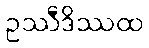
ဥဿီဒိဿထ